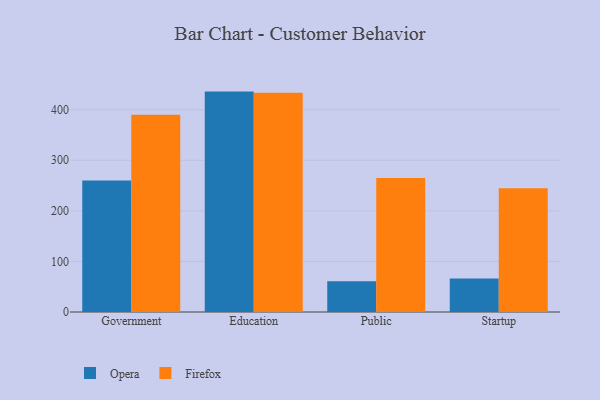
{"axis": {"x": "Segment", "y": "Market Share (%)"}, "legend": ["Firefox", "Opera"], "data": [{"x": "Government", "y": 260.0, "type": "Opera"}, {"x": "Government", "y": 390.0, "type": "Firefox"}, {"x": "Education", "y": 435.8, "type": "Opera"}, {"x": "Education", "y": 433.3, "type": "Firefox"}, {"x": "Public", "y": 60.6, "type": "Opera"}, {"x": "Public", "y": 264.9, "type": "Firefox"}, {"x": "Startup", "y": 66.1, "type": "Opera"}, {"x": "Startup", "y": 244.6, "type": "Firefox"}]}